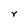
Character: r